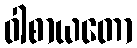
ဝါစာယတော